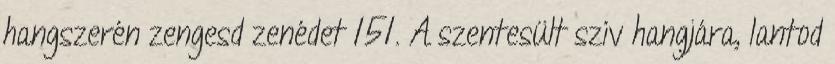
hangszerén zengesd zenédet 151. A szentesült szív hangjára, lantod